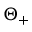
\Theta _ { + }